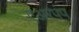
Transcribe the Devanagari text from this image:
एअरपंप